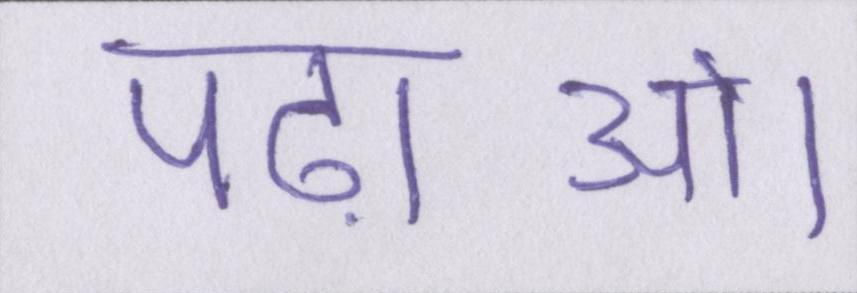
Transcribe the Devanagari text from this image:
पढ़ाओ।